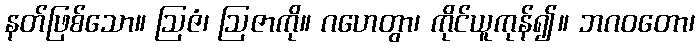
နတ်ဖြစ်သော။ ဩဇံ၊ ဩဇာကို။ ဂဟေတွာ၊ ကိုင်ယူကုန်၍။ ဘဂဝတော၊